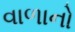
વાળાનો